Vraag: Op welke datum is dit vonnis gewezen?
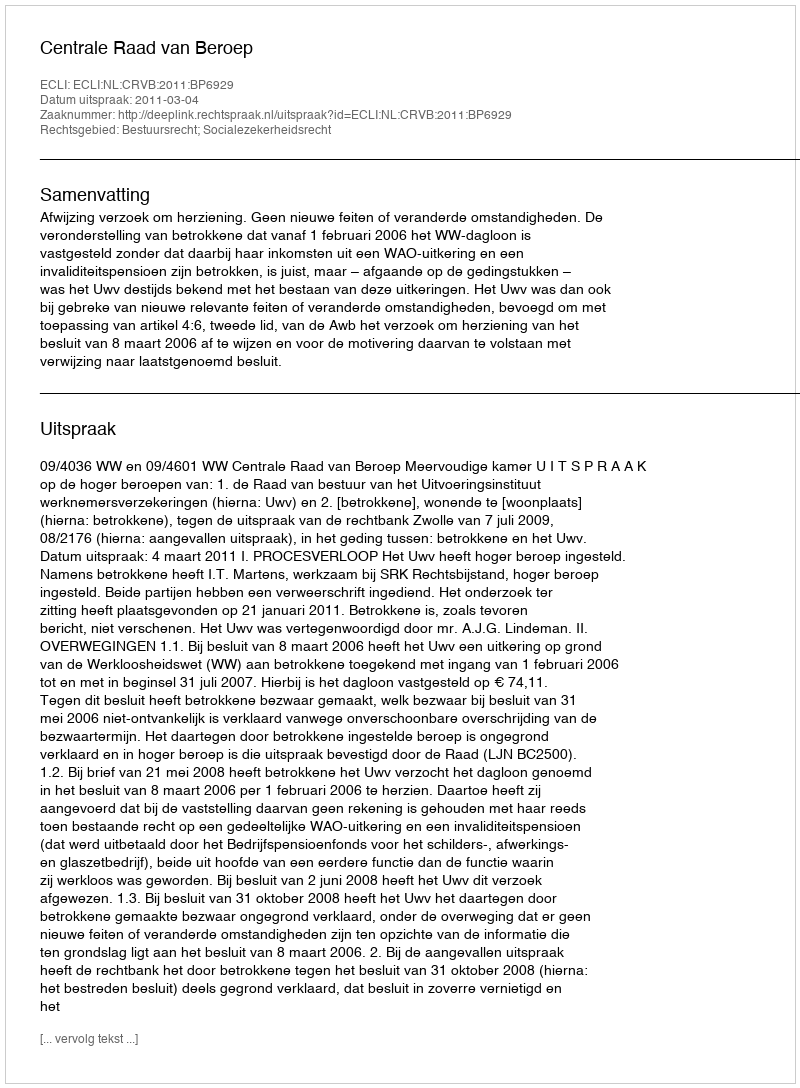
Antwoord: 2011-03-04